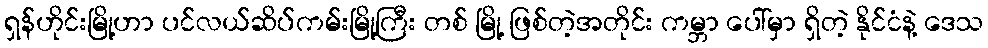
ရှန်ဟိုင်းမြို့ဟာ ပင်လယ်ဆိပ်ကမ်းမြို့ကြီး တစ် မြို့ ဖြစ်တဲ့အတိုင်း ကမ္ဘာ ပေါ်မှာ ရှိတဲ့ နိုင်ငံနဲ့ ဒေသ